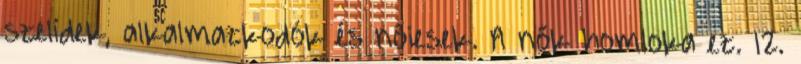
szelídek, alkalmazkodók és nőiesek. A nők homloka ez. 12.